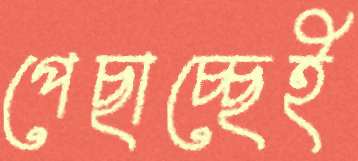
পেছাচ্ছেই